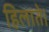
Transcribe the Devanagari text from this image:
हिलाते।